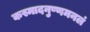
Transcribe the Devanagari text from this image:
कस्मादनुष्णमनलं